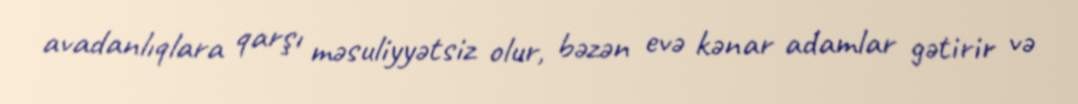
avadanlıqlara qarşı məsuliyyətsiz olur, bəzən evə kənar adamlar gətirir və